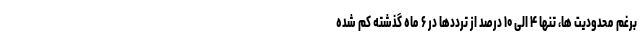
برغم محدودیت ها، تنها ۴ الی ۱۰ درصد از ترددها در ۶ ماه گذشته کم شده